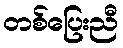
တစ်ပြေးညီ